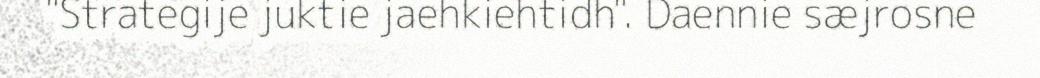
"Strategije juktie jaehkiehtidh". Daennie sæjrosne